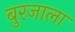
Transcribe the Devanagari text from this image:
बुरजाला